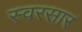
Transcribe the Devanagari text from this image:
स्वरसार